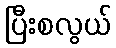
ပြီးစလွယ်